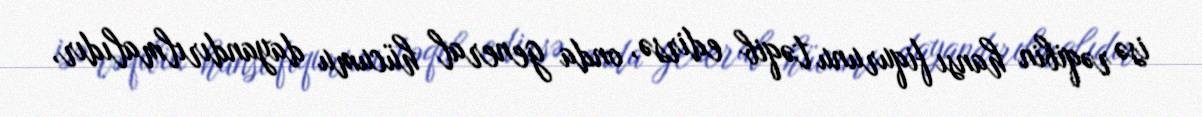
isə rəqibin hansı fiqurunu təqib edirsə, onda general hücumu dayandırılmalıdır,